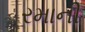
રમાની